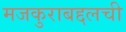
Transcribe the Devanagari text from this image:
मजकुराबद्दलची